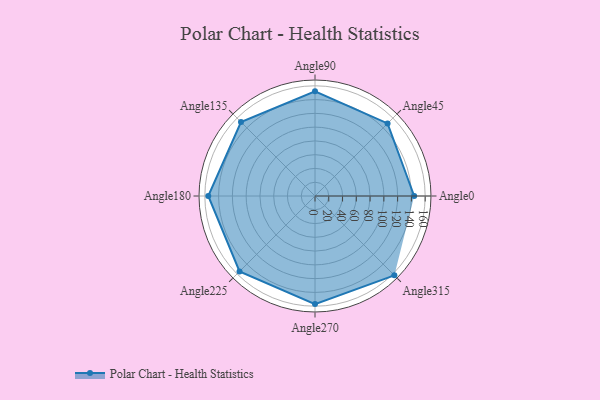
{"axis": {"x": "Angle", "y": "Radius"}, "legend": [""], "data": [{"x": "Angle0", "y": 144.0, "type": ""}, {"x": "Angle45", "y": 149.0, "type": ""}, {"x": "Angle90", "y": 152.0, "type": ""}, {"x": "Angle135", "y": 152.0, "type": ""}, {"x": "Angle180", "y": 155.0, "type": ""}, {"x": "Angle225", "y": 155.0, "type": ""}, {"x": "Angle270", "y": 157.0, "type": ""}, {"x": "Angle315", "y": 163.0, "type": ""}]}